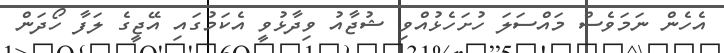
އެހެން ނަމަވެސް މައްސަލަ ހުށަހެޅުއްވި ޝުޖާއު ވިދާޅުވީ އެކަމުގައި އޭޖީގެ ލަފާ ހޯދަން